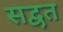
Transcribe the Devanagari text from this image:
सद्वृत